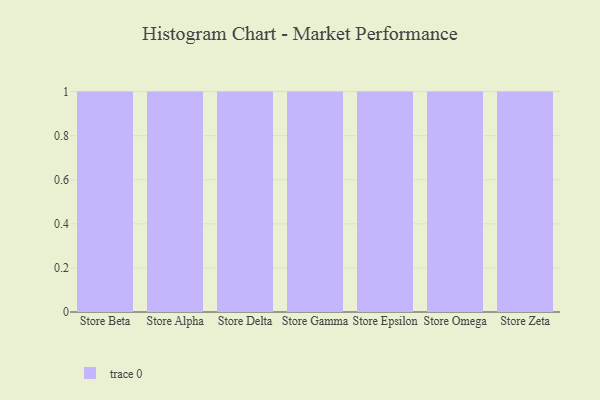
{"axis": {"x": "Store", "y": "LTV (USD)"}, "legend": [""], "data": [{"x": "Store Beta", "y": 18, "type": ""}, {"x": "Store Alpha", "y": 20, "type": ""}, {"x": "Store Delta", "y": 2, "type": ""}, {"x": "Store Gamma", "y": 40, "type": ""}, {"x": "Store Epsilon", "y": 67, "type": ""}, {"x": "Store Omega", "y": 32, "type": ""}, {"x": "Store Zeta", "y": 5, "type": ""}]}